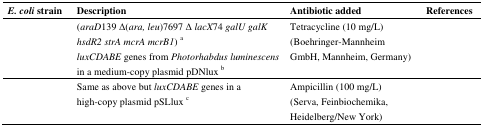
<table><thead><tr><td><b><i>E. coli</i>strain</b></td><td><b>Description</b></td><td><b>Antibiotic added</b></td><td><b>References</b></td></tr></thead><tbody><tr><td>[EMPTY_CELL]</td><td><i>(araD139 Δ(ara, leu)7697 Δ lacX74 galU galK hsdR2 strA mcrA mcrB1)</i><sup>a</sup><i>luxCDABE</i> genes from <i>Photorhabdus luminescens</i> in a medium-copy plasmid pDNlux <sup>b</sup></td><td>Tetracycline (10 mg/L) (Boehringer-Mannheim GmbH, Mannheim, Germany)</td><td>[EMPTY_CELL]</td></tr><tr><td>[EMPTY_CELL]</td><td>Same as above but <i>luxCDABE</i> genes in a high-copy plasmid pSLlux <sup>c</sup></td><td>Ampicillin (100 mg/L) (Serva, Feinbiochemika, Heidelberg/New York)</td><td>[EMPTY_CELL]</td></tr></tbody></table>